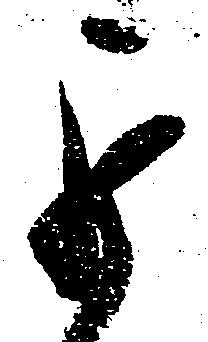
罷